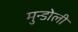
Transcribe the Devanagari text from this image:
मुन्डोली